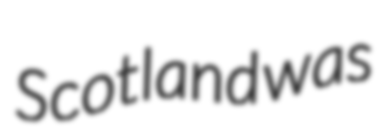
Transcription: Scotland was